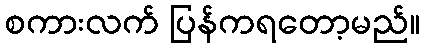
စကားလက် ပြန်ကရတော့မည်။